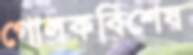
গোলকবিশেষ